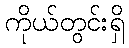
ကိုယ်တွင်းရှိ